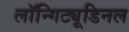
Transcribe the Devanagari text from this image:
लॉन्गिट्यूडिनल